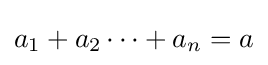
a_{1}+a_{2}\cdots +a_{n}=a